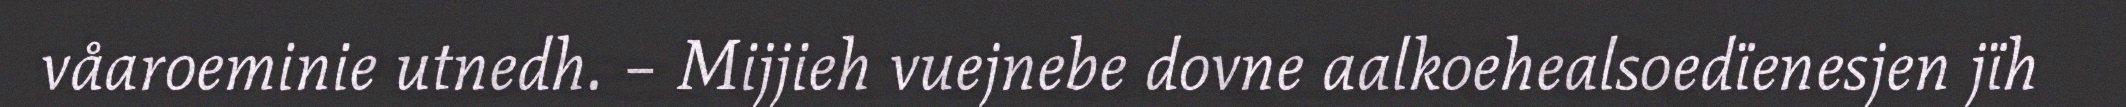
våaroeminie utnedh. – Mijjieh vuejnebe dovne aalkoehealsoedïenesjen jïh